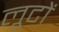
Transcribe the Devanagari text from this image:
लूटों